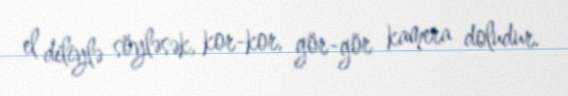
el diliylə söyləsək, kor-kor, gör-gör kamera doludur.